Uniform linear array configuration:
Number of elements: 48
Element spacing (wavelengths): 1
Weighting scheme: uniform
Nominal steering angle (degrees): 15
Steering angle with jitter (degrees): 15.686
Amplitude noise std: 0.05
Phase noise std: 0.05

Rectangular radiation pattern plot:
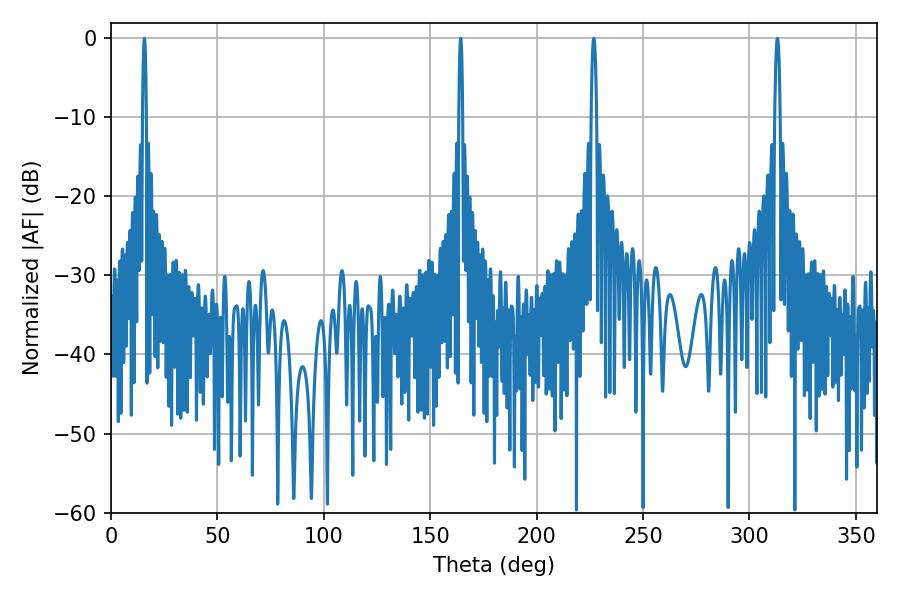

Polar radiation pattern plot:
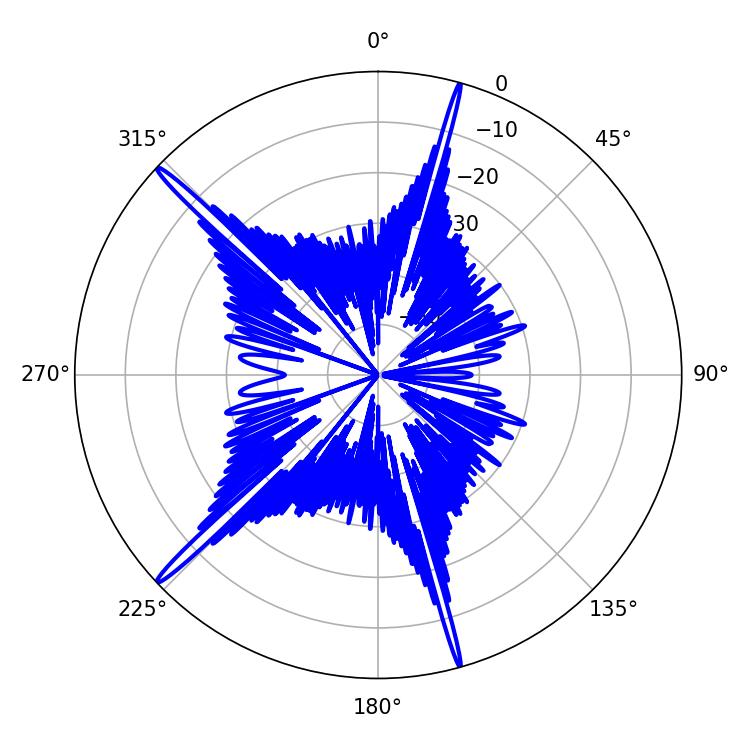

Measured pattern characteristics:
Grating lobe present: TRUE
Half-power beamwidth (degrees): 0.9
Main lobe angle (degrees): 15.66